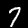
Digit: 7